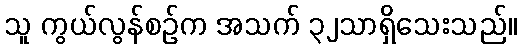
သူ ကွယ်လွန်စဉ်က အသက် ၃၂သာရှိသေးသည်။